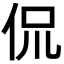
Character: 侃